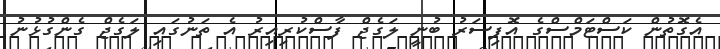
އެގޮތުން ކަސްޓަމްސްގެ އޮފިސަރު ބުނީ ލަގެޖް ފާސްކުރިއިރު އެ ތަނުގައި ލަގެޖް ގެންގުޅުނު